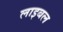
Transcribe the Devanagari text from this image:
लाइबल